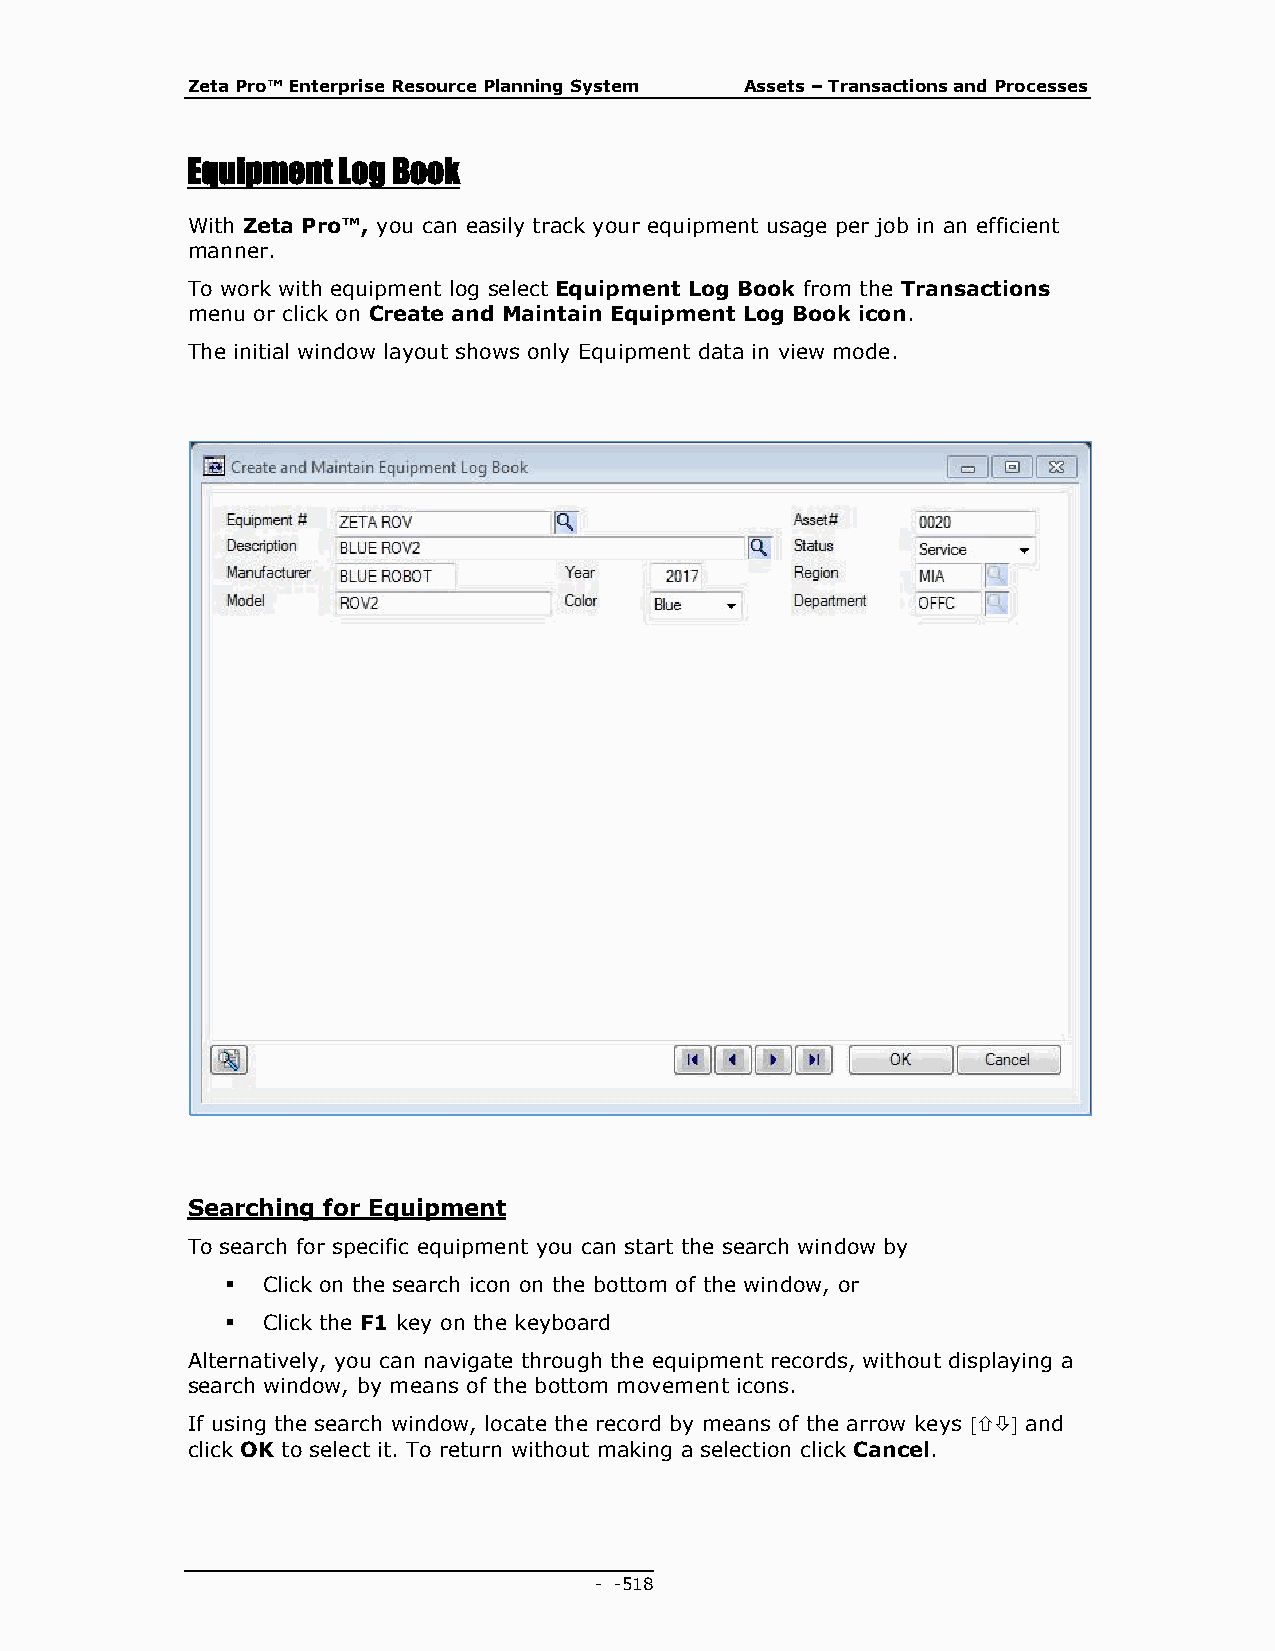
Zeta Pro™ Enterprise Resource Planning System Assets – Transactions and Processes
 Equipment Log Book
 With Zeta Pro™, you can easily track your equipment usage per job in an efficient
 manner.
 To work with equipment log select Equipment Log Book from the Transactions
 menu or click on Create and Maintain Equipment Log Book icon.
 The initial window layout shows only Equipment data in view mode.
 Searching for Equipment
 To search for specific equipment you can start the search window by
  Click on the search icon on the bottom of the window, or
  Click the F1 key on the keyboard
 Alternatively, you can navigate through the equipment records, without displaying a
 search window, by means of the bottom movement icons.
 If using the search window, locate the record by means of the arrow keys  and
 click OK to select it. To return without making a selection click Cancel.
 - - 518